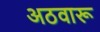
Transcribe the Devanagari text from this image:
अठवारू